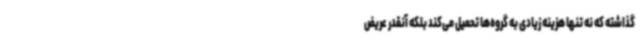
گذاشته که نه تنها هزینه زیادی به گروه‌ها تحمیل می‌کند بلکه آنقدر عریض